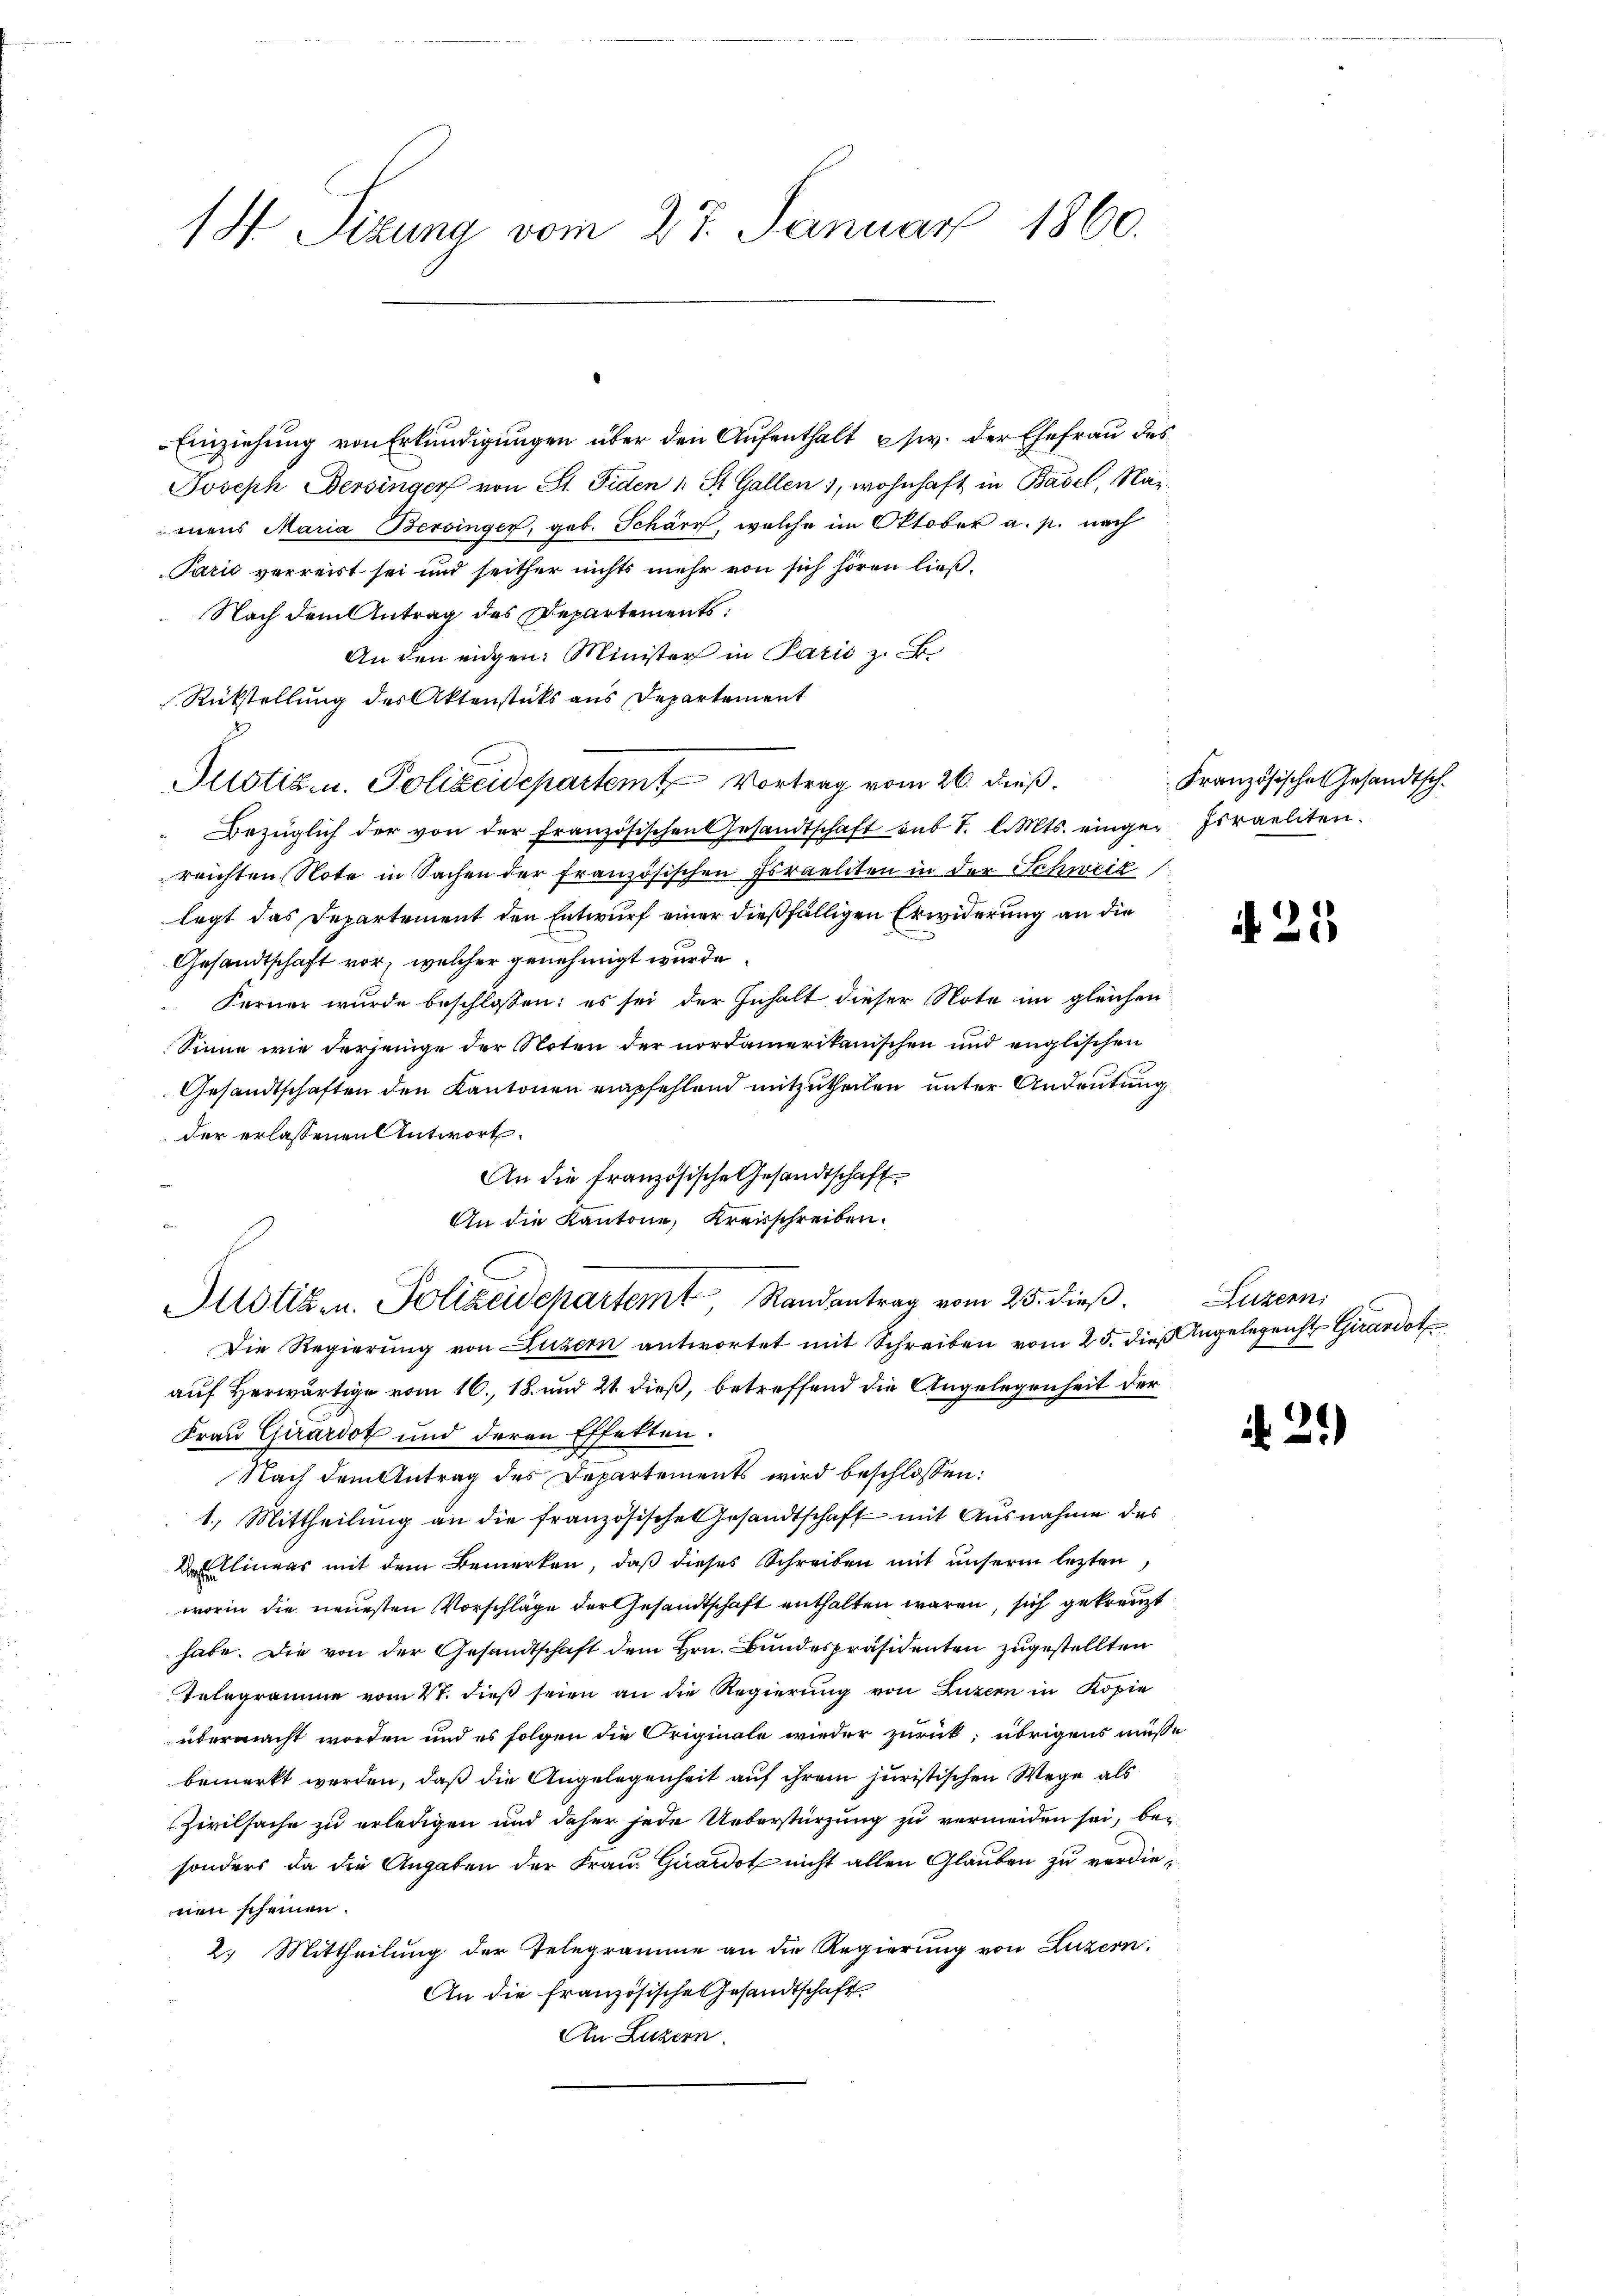
Einziehung von Erkundigungen über den Aufenthalt usw. der Ehefrau des
Joseph Bersinger von St. Fiden 1 St. Gallen), wohnhaft in Basel, Namens Maria Bersinger, geb. Schärr, welche im Oktober a. p. nach
Parić verreist sei und seither nichts mehr von sich hören ließ,
Nach dem Antrag des Departements:
Anden eidgen: Minister in Parii z. B.
Rückstellung des Aktenstücks aus Departement
Justiz- u. Polizeidepartem Vortrag vom 26. dieß.
Bezüglich der von der Französischen Gesandtschaft sub t. l. Mts. einge-Israeliten.
reichten Note in Sachen der französischen Israeliten in der Schweiz
legt das Departement den Entwurf einer dießfälligen Erwiderung an die
Gesandtschaft vor, welcher genehmigt wurde
Ferner wurde beschlossen: es sei der Inhalt dieser Note im gleichen
Sinne wie derjenige der Noten der nordamerikanischen und englischen
Gesandtschaften den Kantonen empfehlend mitzutheilen unter Andeutung
der erlassenen Antwort.
An die französische Gesandtschaft
An die Kantone, Kreisschreiben.
Justiz- u. Polizeidepartem Randantrag vom 25. dieß.
Die Regierŭng von Luzern antwortet mit Schreiben vom 25. dieβ Angelegenht Girardot
auf Herwärtige vom 16. 18. und 21. dieß, betreffend die Angelegenheit der
Frau Girardot und deren Effetten.
Nach dem Antrag des Departements wird beschlossen:
1.) Mittheilŭng an die französische Gesandtschaft mit Ausnahme des
 Clineas mit dem Bemerken, daβ dieses Schreiben mit unserm lezten,
worin die neuesten Vorschläge der Gesandtschaft enthalten wären, sich gekreuzt
habe. Die von der Gesandtschaft dem Hrn. Bundespräsidenten zugestellten
Telegramme vom 4t. dieß seien an die Regierung von Luzern in Kopie
übermacht worden und es folgen die Originale wieder zurück; übrigens müsse
bemerkt werden, daß die Angelegenheit auf ihrem juristischen Wege als
Zivilsache zu erledigen und daher jede Ueberstürzung zu vermeiden sei, bei
sonders da die Angaben der Frau Girardot nicht allen Glauben zu verdienen scheinen.
2. Mittheilung der Telegramme an die Regierung von Luzern.
An die französische Gesandtschaft
An Luzern.

1 Sizung vom 27. Januar 1860.

Französisches Gesandtsch.

A 25

Luzern,

2.)